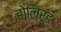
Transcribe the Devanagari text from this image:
होलिरूड